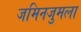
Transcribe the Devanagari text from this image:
जमिनजुमला